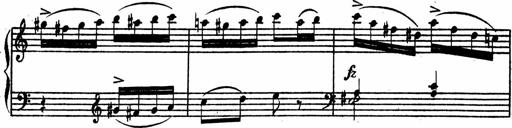
Title: Piano Sonata
Composer: Karl HÃ¤ssler
Key: C major